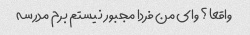
واقعا؟ وای من فردا مجبور نیستم برم مدرسه